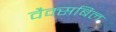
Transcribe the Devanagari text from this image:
वैक्सबिल